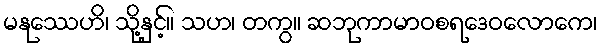
မနုဿေဟိ၊ သို့နှင့်။ သဟ၊ တကွ။ ဆဘုကာမာဝစရဒေဝလောကေ၊